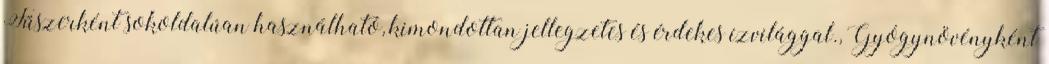
Fűszerként sokoldalúan használható, kimondottan jellegzetes és érdekes ízvilággal., Gyógynövényként